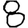
Digit: 8